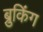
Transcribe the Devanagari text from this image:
ब्रुकिंग